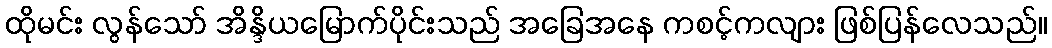
ထိုမင်း လွန်သော် အိန္ဒိယမြောက်ပိုင်းသည် အခြေအနေ ကစင့်ကလျား ဖြစ်ပြန်လေသည်။